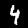
Digit: 4